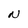
Character: N